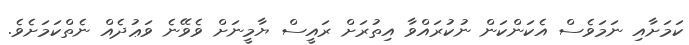
ކަމަށާއި ނަމަވެސް އެކަންކަން ނުކުރައްވާ އިތުރަށް ރައީސް ޔާމީނަށް ވެވޭނެ ވަޢުދެއް ނެތްކަމަށެވެ.